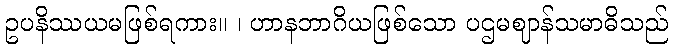
ဥပနိဿယမဖြစ်ရကား။ ၊ ဟာနဘာဂိယဖြစ်သော ပဌမဈာန်သမာဓိသည်